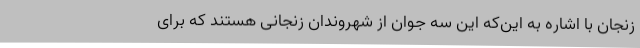
زنجان با اشاره به این‌که این سه جوان از شهروندان زنجانی هستند که برای